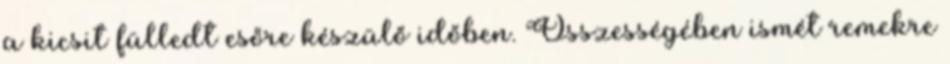
a kicsit fülledt esőre készülő időben. Összességében ismét remekre